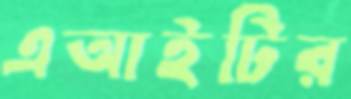
এআইটির